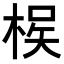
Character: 𭪵